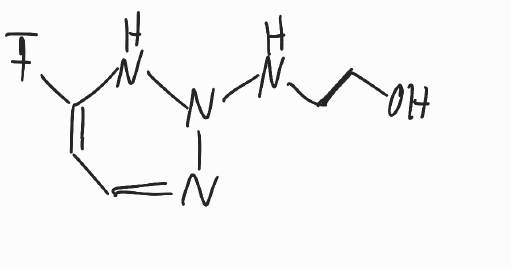
Simplified molecular-input line-entry system (SMILES) notation of the given molecule:
C1=C(NN(N=C1)NCCO)F